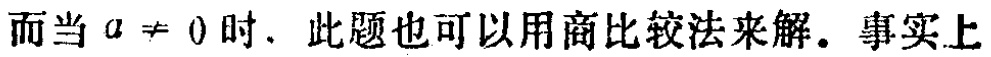
而当 \(a \neq 0\) 时，此题也可以用商比较法来解。事实上